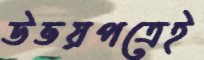
উভয়পত্রেই